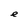
Character: e